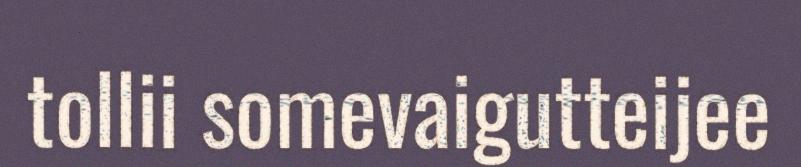
tollii somevaigutteijee